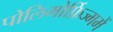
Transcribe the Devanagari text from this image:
पोलिमोर्फ़िज्ममें